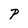
Character: P